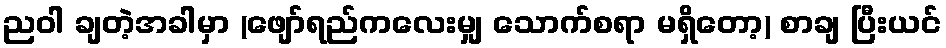
ညဝါ ချတဲ့အခါမှာ (ဖျော်ရည်ကလေးမျှ သောက်စရာ မရှိတော့) စာချ ပြီးယင်